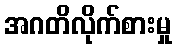
အဂတိလိုက်စားမှု